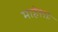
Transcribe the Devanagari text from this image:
माहेशाः